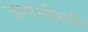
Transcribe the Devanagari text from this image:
जनांनकिकी